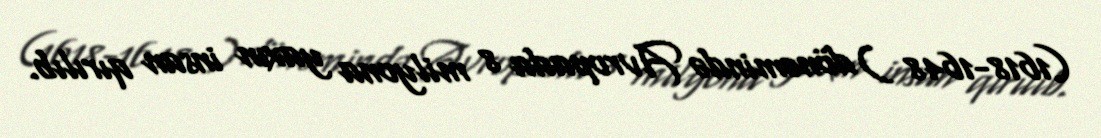
(1618-1648 ) dönəmində Avropada 8 milyona yaxın insan qırılıb.